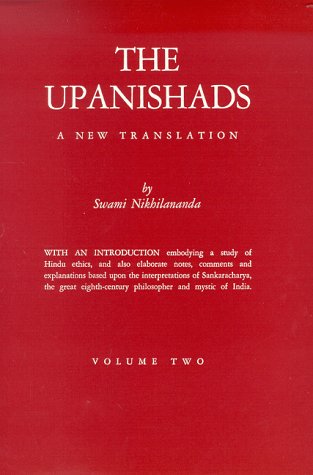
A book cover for Upanishads, Vol. 2; Religion & Spirituality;